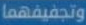
وتجفيفهما